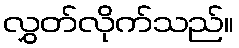
လွှတ်လိုက်သည်။